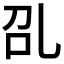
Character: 𰀻